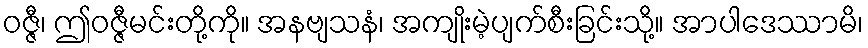
ဝဇ္ဇီ၊ ဤဝဇ္ဇီမင်းတို့ကို။ အနဗျသနံ၊ အကျိုးမဲ့ပျက်စီးခြင်းသို့။ အာပါဒေဿာမိ၊